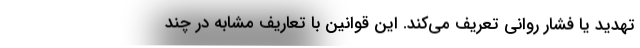
تهدید یا فشار روانی تعریف می‌کند. این قوانین با تعاریف مشابه در چند